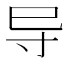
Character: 导